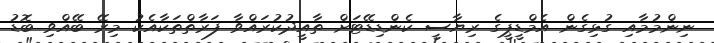
ނިންމުމާއި ގުޅިގެން އެމްޑީޕީގެ ރިޔާސީ ކެންޑިޑޭޓަށް ތާއީދުކުރައްވާ ފަރާތްތަކާއެކު މިރޭ ބޭއްވި ބޮޑު